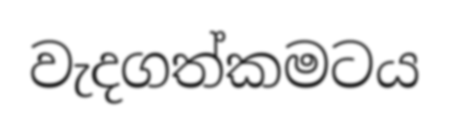
වැදගත්කමටය